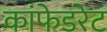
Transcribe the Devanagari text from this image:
कांफेडरेट